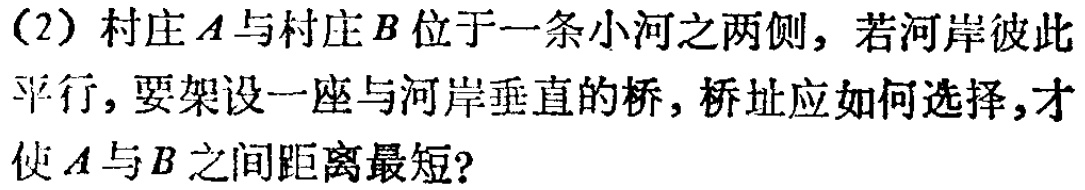
(2) 村庄\(A\)与村庄\(B\)位于一条小河之两侧，若河岸彼此平行，要架设一座与河岸垂直的桥，桥址应如何选择，才使\(A\)与\(B\)之间距离最短？